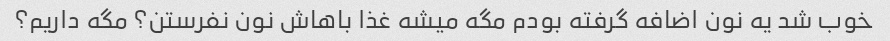
خوب شد یه نون اضافه گرفته بودم مگه میشه غذا باهاش نون نفرستن؟ مگه داریم؟